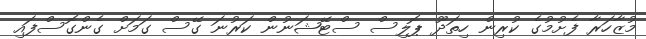
މުޒާހަރާ ފެށުމުގެ ކުރިން ހިތަދޫ ޕޮލިސް ސްޓޭޝަނުން ކަރުނަ ގޭސް ގަމަށް ގެންގޮސްފައި